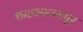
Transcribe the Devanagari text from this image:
शाहआलमपुर